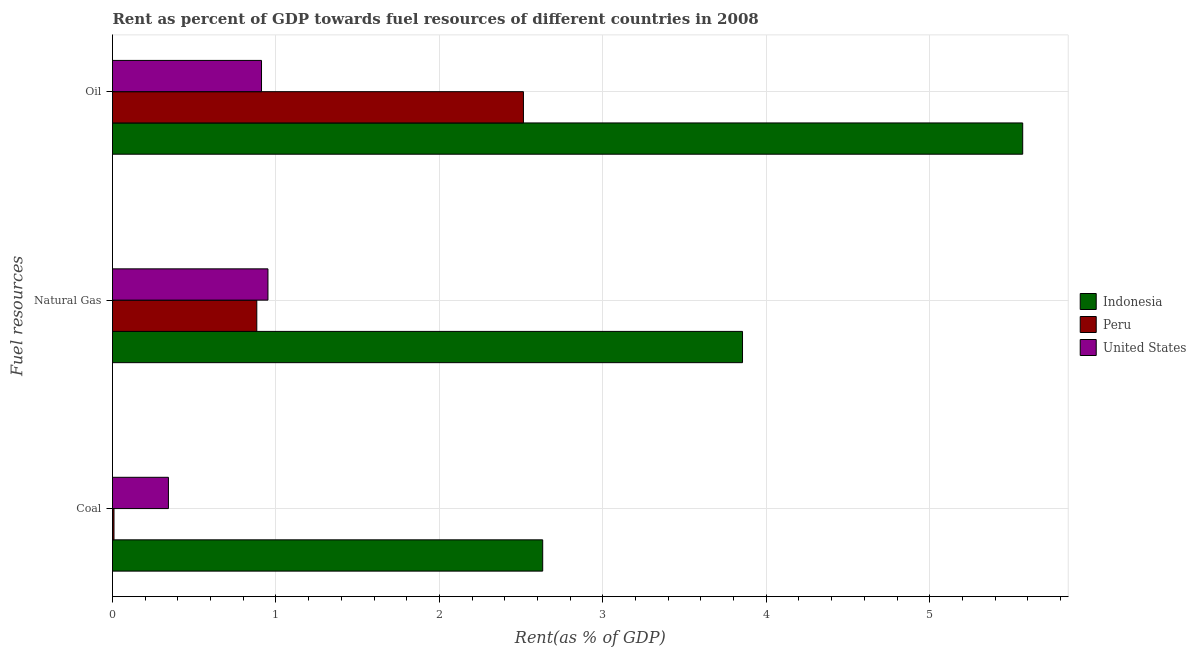
| Fuel resources | Indonesia | Peru | United States |
 | --- | --- | --- | --- |
 | Coal | 2.63 | 0.00914 | 0.342 |
 | Natural Gas | 3.85 | 0.883 | 0.951 |
 | Oil | 5.57 | 2.51 | 0.912 |